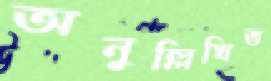
অনুল্লিখিত